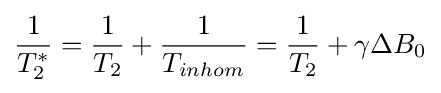
{\frac {1}{T_{2}^{*}}}={\frac {1}{T_{2}}}+{\frac {1}{T_{inhom}}}={\frac {1}{T_{2}}}+\gamma \Delta B_{0}